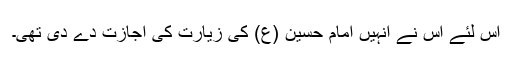
اس لئے اس نے انہیں امام حسین (ع) کی زیارت کی اجازت دے دی تھی۔